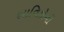
ભાવિકોની